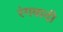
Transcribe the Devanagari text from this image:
रंगवादी